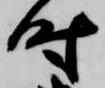
時